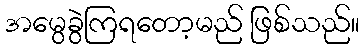
အမွေခွဲကြရတော့မည် ဖြစ်သည်။